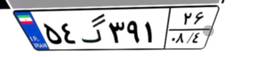
۵۴گ۳۶۹۸۰